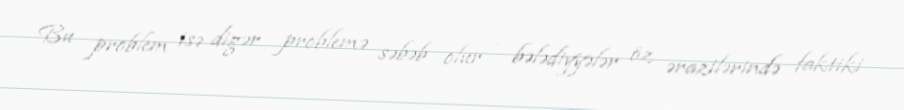
Bu problem isə digər problemə səbəb olur - bələdiyyələr öz ərazilərində faktiki